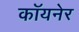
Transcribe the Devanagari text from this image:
कॉयनेर